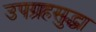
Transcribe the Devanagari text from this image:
उपग्रहसुद्धा